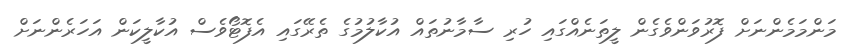
މަންމަމެންނަށް ފޮރުވަންވެގެން ލީތަނެއްގައި ހުރި ސާމާނުތައް އުކާލުމުގެ ތެރޭގައި އެފޮޓޯވެސް އުކާލީކަން އަހަރެންނަށް